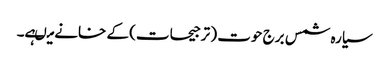
سیارہ شمس برج حوت ( ترجیحات) کے خانے میںہے۔